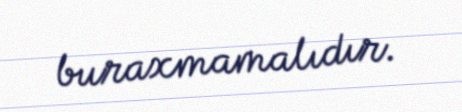
buraxmamalıdır.